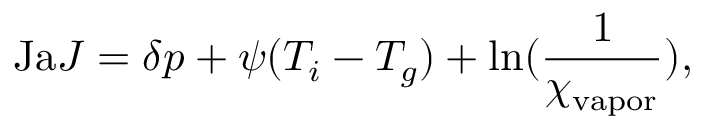
\mathrm { J a } J = \delta p + \psi ( T _ { i } - T _ { g } ) + \mathrm { l n } ( \frac { 1 } { \chi _ { \mathrm { v a p o r } } } ) ,